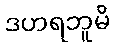
ဒဟရဘူမိ